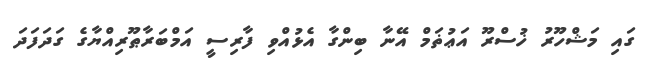
ގައި މަޝްހޫރު ޚުސްރޫ އަޢުޡަމް އޭނާ ބިންގާ އެޅުއްވި ފާރިސީ އަމްބަރާޠޫރިއްޔާގެ ގަދަފަދަ